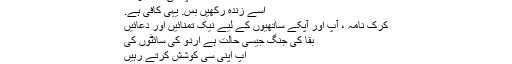
ہمایوں says:
اللہ آپ کی مدد کرے.
اسے زندہ رکھیں بس. یہی کافی ہے.
کرک نامہ ، آپ اور آپکے ساتھیوں کے لیے نیک تمنائیں اور دعائیں
بقا کی جنگ جیسی حالت ہے اردو کی سائٹوں کی
اپ اپنی سی کوشش کرتے رہیں
اللہ تعالٰی اپ کی مدد فرمائیں
ہماری نیک خواہشات آپکے ساتھ ہیں۔